Medical and sanitary report of the native army of Madras for the year
Year: 1877
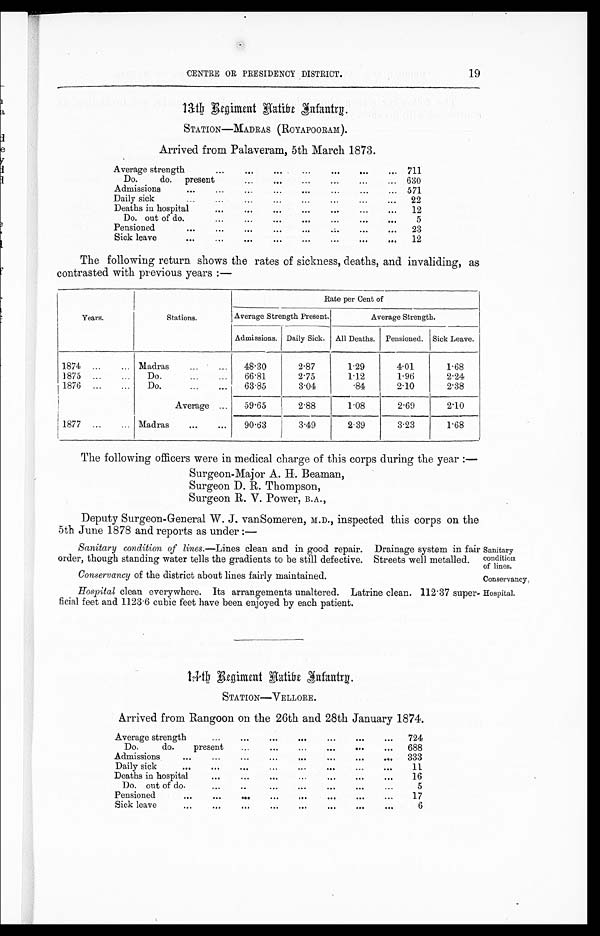
Conservancy of the district about lines fairly maintained.
Conservancy
CENTRE OR PRESIDENCY DISTRICT.
19
1 3 t h R e g i m e n t N a t i v e I n f a n t r y .
STATION—MADRAS (ROYAPOORAM).
Arrived from Palaveram, 5th March 1873.
Average strength
711
Do.
do. present
630
Admissions
571
D a i l y s i c k 22
Deaths in hospital
12
Do. out of do
5
Pensioned
23
Sick leave
12
The following return shows the rates of sickness, deaths, and invaliding, as
contrasted with previous years:—
Years.
Stations.
Rate per Cent of
Average Strength Present.
Average Strength.
Admissions. Daily Sick. All Deaths. Pensioned. Sick Leave.
1874
Madras
48.30
2.87
1.29
4.01
1.68
1875
Do.
66.81
2.75
1.12
1.96
2.24
1876
Do.
63.85
3.04
.84
2.10
2.38
Average
59.65
2.88
1.08
2.69
2.10
1877
Madras
90.63
3.49
2.39
3.23
1.68
The following officers were in medical charge of this corps during the year:—
Surgeon-Major A. H. Beaman,
Surgeon D. R. Thompson,
Surgeon R. V. Power, B.A.,
Deputy Surgeon-General W. J. vanSomeren, M.D., inspected this corps on the
5th June 1878 and reports as under:—
Sanitary condition of lines.—Lines clean and in good repair. Drainage system in fad]
order, though standing water tells the gradients to be still defective. Streets well metalled.
Sanitary
condition
of lines.
Hospital clean everywhere. Its arrangements unaltered. Latrine clean. 112.37 super
-ficial feet and 1123.6 cubic feet have been enjoyed by each patient.
14th Regiment Native Infantry.
STATION—VELLORE.
Arrived from Rangoon on the 26th and 28th January 1874.
Average strength
724
Do.
do.
present.
688
Admi ssi ons
333
Daily sick
11
Deaths in hospital
16
Do. out of do.
5
Pensioned
17
Sick leave
6
Hospital.